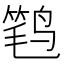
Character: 𮭩